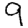
Digit: 9